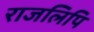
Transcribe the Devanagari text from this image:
राजलिपि